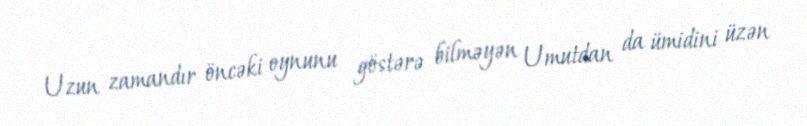
Uzun zamandır öncəki oynunu göstərə bilməyən Umutdan da ümidini üzən